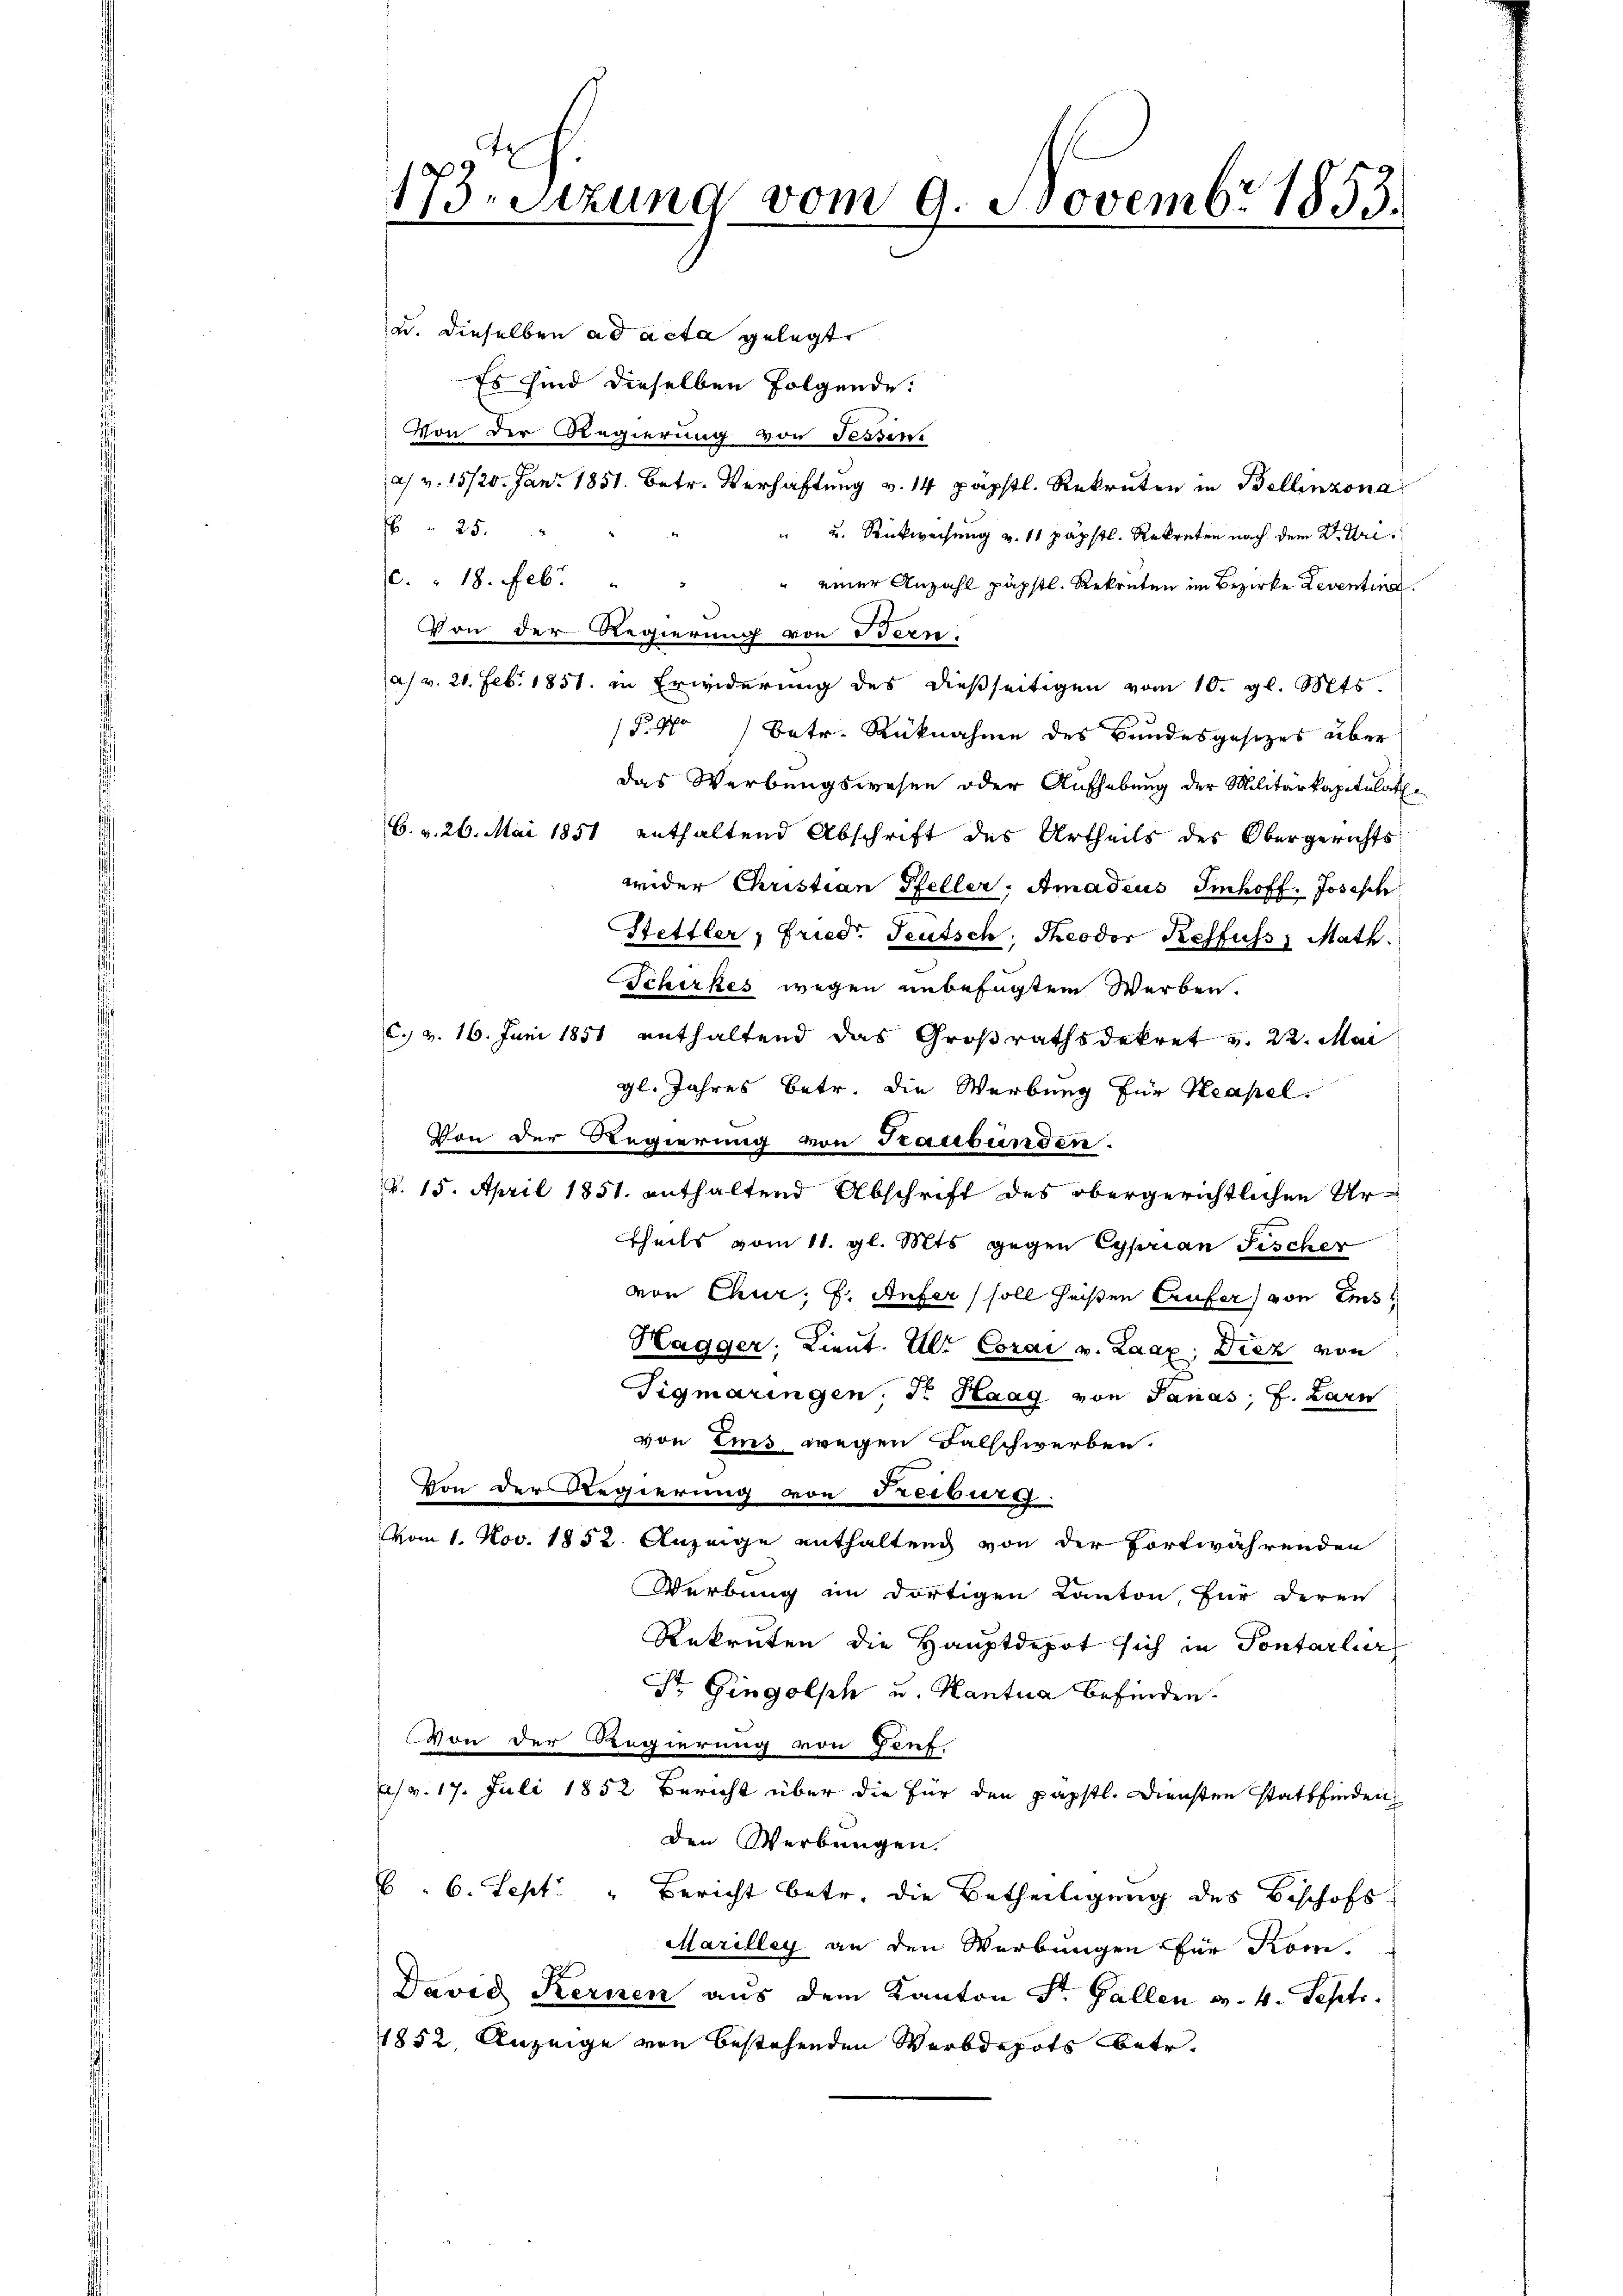
17
73. Sitzung vom 9. Novembr 1853.

u. dieselben ad acta gelegte
Es sind dieselben Folgende:
Von der Regierung von Sessene
a v. 15/20. Jan. 1851. Betr. Verhaftung v. 14 päpstl. Rekruten in Bellinzona
25.
" u. Rückweisung v. 11 päpstl. Rekreten nach dem Uri¬
." 18. Feb.
" einer Anzahl päpstl. Rekruten im Bezirke Leventina
Von der Regierung von Bern.
a/ v. 20. Feb. 1851 in Erwiderung des dießseitigen vom 10. gl. Mts.
P.No) Betr. Rücknahme des Bundesgesetzes über
das Werbungswesen oder Aufhebung der Militärkapitulat
6. v. 26. Mai 1851 enthaltend Abschrift des Urtheils des Obergerichts-
weder Christian Pfeller, Amadeus Imhoff. Josesch
Stettler, Fried. Teutsch, Theodor Resfuss, Math.
Schirkes wegen unbefügtem Werben.
C. v. 16. Juni 1851 enthaltend das Großrathsdekret v. 22. Mai
gl. Jahres betr. die Werbung für Neapel.
Von der Regierung von Graubünden.
v. 15. April 1851. enthaltend Abschrift des obergerichtlichen Urtheils vom 11. gl. Mts gegen Cyprian Fischer
von Chur, s. Anfer soll heißen Crufer von Ems
Hagger, Lieut. Ulr Corai v. Laax; Diez von
Tigmaringen, Dr. Haag von Sanas; J. Larn
von Eis wegen Falschwerben.
Von der Regierung von Freiburg.
vom 1. Nov. 1852. Anzeige enthaltung von der Fortwährenden
Werbung im dortigen Kanton, für deren
Rekruten die Hauptdepot sich in Pontarlier
Dr. Gingolph u. Kantua befinden.
Von der Regierung von Genf.
a v. 17. Juli 1852 Bericht über die für den päpstl. Diensten stattfinden
den Werbungen.
6. 6. Sept. " Bericht betr. die Betheiligung des Beschofs
Marilley an den Werbungen für Kom
David Kernen aus dem Kanton St. Gallen v. 4. Sept.
1852, Anzeige von bestehenden Werbdepots betr.